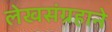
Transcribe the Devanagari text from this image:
लेखसंग्रहाने